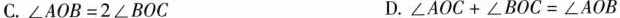
C.$$∠ A O B = 2 ∠ B O C$$ D.$$∠ A O C + ∠ B O C = ∠ A O B$$